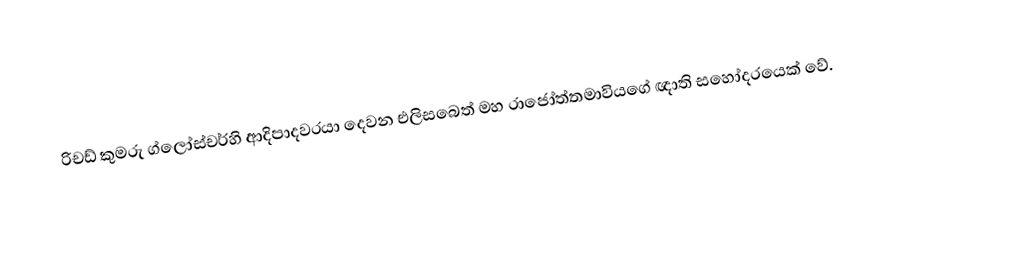
රිචඩ් කුමරු ග්ලෝස්චර්හි ආදිපාදවරයා දෙවන එලිසබෙත් මහ රාජෝත්තමාවියගේ ඥාති සහෝදරයෙක් වේ.